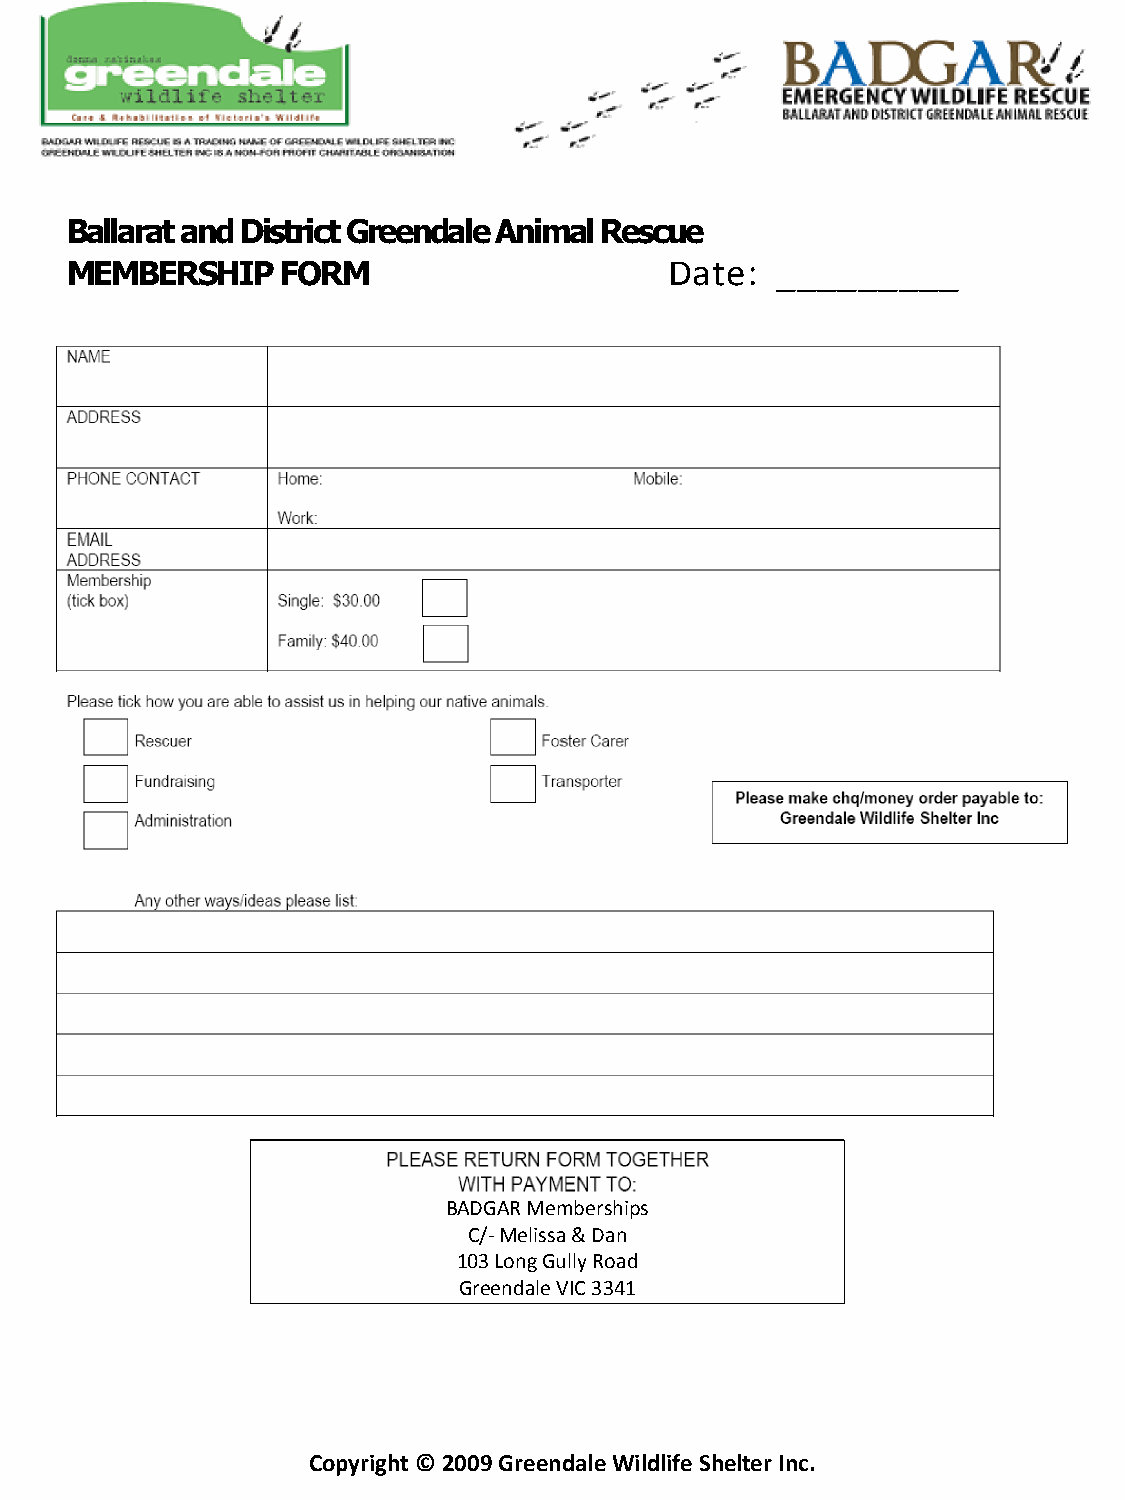
Ballarat and District Greendale Animal Rescue
 MEMBERSHIP     FORM                     Date:  _________
 BADGAR Memberships
 C/- Melissa & Dan
 103 Long Gully Road
 Greendale VIC 3341
 Copyright © 2009 Greendale Wildlife Shelter Inc.